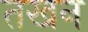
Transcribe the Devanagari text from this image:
तखन